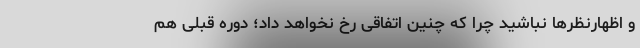
و اظهارنظرها نباشید چرا که چنین اتفاقی رخ نخواهد داد؛ دوره قبلی هم